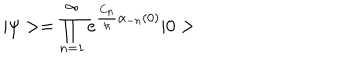
| \psi > = \prod _ { n = 1 } ^ { \infty } e ^ { { \frac { C _ { n } } { \hbar } } \alpha _ { - n } ( 0 ) } | 0 >